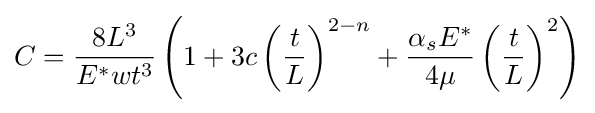
C={\frac {8L^{3}}{E^{*}wt^{3}}}\left(1+3c\left({\frac {t}{L}}\right)^{2-n}+{\frac {\alpha _{s}E^{*}}{4\mu }}\left({\frac {t}{L}}\right)^{2}\right)